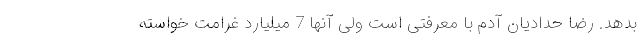
بدهد. رضا حدادیان آدم با معرفتی است ولی آنها 7 میلیارد غرامت خواسته